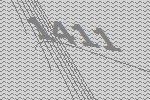
1411